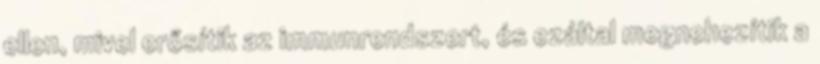
ellen, mivel erősítik az immunrendszert, és ezáltal megnehezítik a